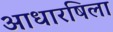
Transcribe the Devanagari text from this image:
आधारषिला